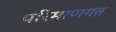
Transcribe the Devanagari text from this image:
परिमाणगत